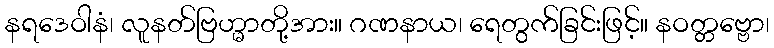
နရဒေဝါနံ၊ လူနတ်ဗြဟ္မာတို့အား။ ဂဏနာယ၊ ရေတွက်ခြင်းဖြင့်။ နဝတ္တဗ္ဗော၊